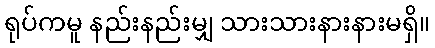
ရုပ်ကမူ နည်းနည်းမျှ သားသားနားနားမရှိ။